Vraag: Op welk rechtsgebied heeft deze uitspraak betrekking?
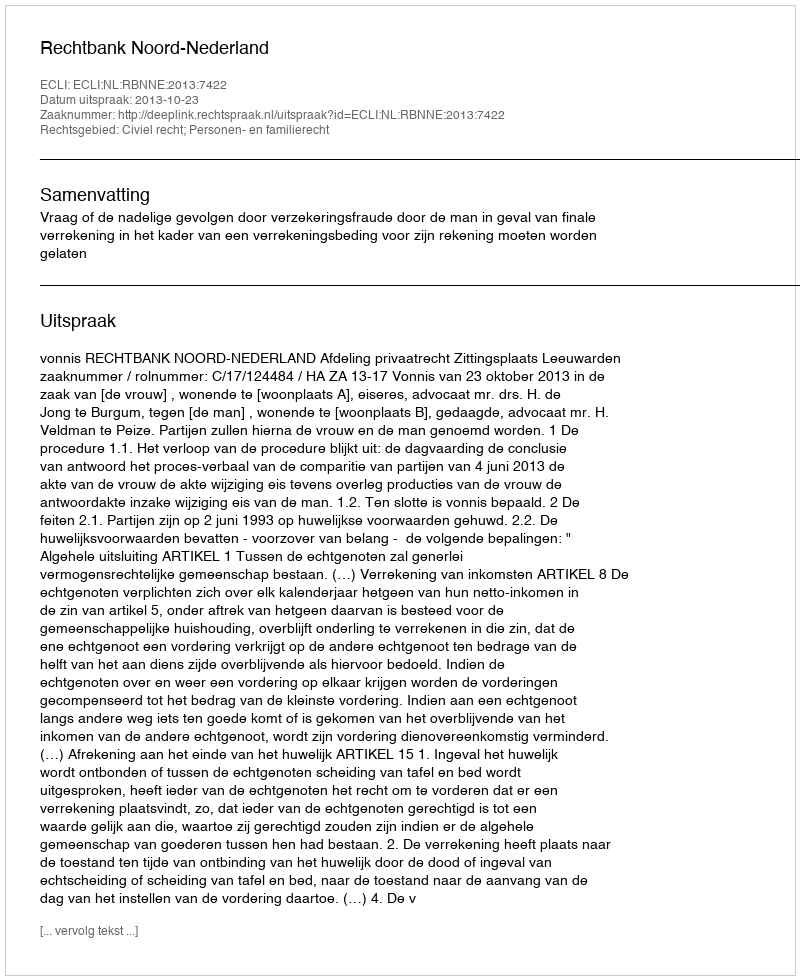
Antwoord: Civiel recht; Personen- en familierecht